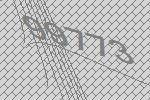
99773